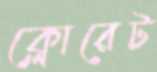
ক্লোরেট